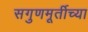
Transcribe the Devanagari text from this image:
सगुणमूर्तीच्या